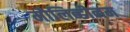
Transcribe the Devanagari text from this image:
मौलिब्डीनम